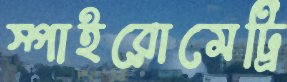
স্পাইরোমেট্রি